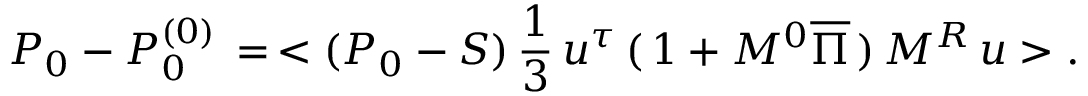
P _ { 0 } - P _ { 0 } ^ { ( 0 ) } \, = \, < ( P _ { 0 } - S ) \, { \frac { 1 } { 3 } } \, u ^ { \tau } \, ( \, 1 + M ^ { 0 } \overline { { \Pi } } \, ) \, M ^ { R } \, u > .